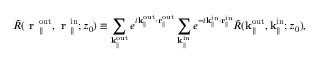
\bar { R } ( \textbf { r } _ { \parallel } ^ { \mathrm { o u t } } , \textbf { r } _ { \parallel } ^ { \mathrm { i n } } ; z _ { 0 } ) \equiv \sum _ { \mathbf { k } _ { \parallel } ^ { \mathrm { o u t } } } e ^ { i \mathbf { k } _ { \parallel } ^ { \mathrm { o u t } } \cdot \mathbf { r } _ { \parallel } ^ { \mathrm { o u t } } } \sum _ { \mathbf { k } _ { \parallel } ^ { \mathrm { i n } } } e ^ { - i \mathbf { k } _ { \parallel } ^ { \mathrm { i n } } \cdot \mathbf { r } _ { \parallel } ^ { \mathrm { i n } } } \Tilde { R } ( \mathbf { k } _ { \parallel } ^ { \mathrm { o u t } } , \mathbf { k } _ { \parallel } ^ { \mathrm { i n } } ; { z _ { 0 } } ) ,